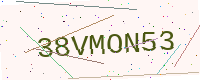
Text: 38VMON53